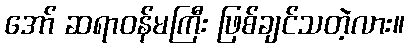
အော် ဆရာဝန်မကြီး ဖြစ်ချင်သတဲ့လား။